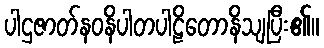
ပါဌဇာတ်နဝနိပါတပါဠိတောနိသျပြီး၏။